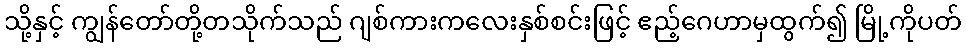
သို့နှင့် ကျွန်တော်တို့တသိုက်သည် ဂျစ်ကားကလေးနှစ်စင်းဖြင့် ဧည့်ဂေဟာမှထွက်၍ မြို့ကိုပတ်